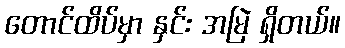
တောင်ထိပ်မှာ နှင်း အမြဲ ရှိတယ်။